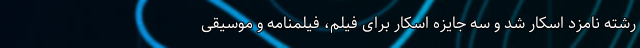
رشته نامزد اسکار شد و سه جایزه اسکار برای فیلم، فیلمنامه و موسیقی